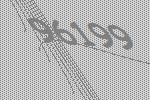
96199